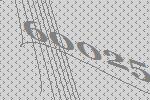
60025